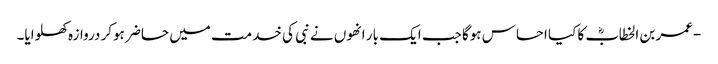
-عمر بن الخطابؓ کا کیا احساس ہوگا جب ایک بار انھوں نے نبی کی خدمت میں حاضر ہوکر دروازہ کھلوایا۔